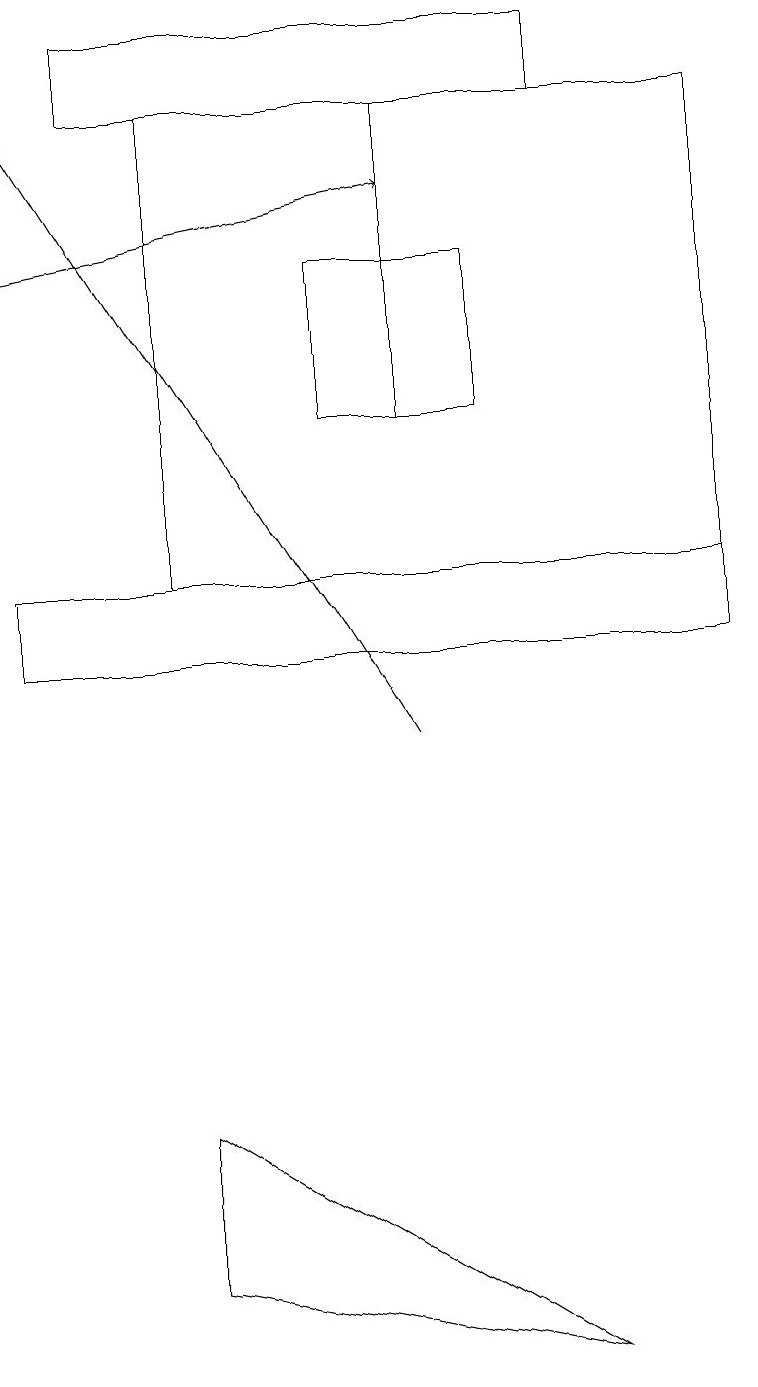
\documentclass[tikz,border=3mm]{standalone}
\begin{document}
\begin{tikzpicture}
\draw[->] (0,16) -- (5,17);
\draw (7,19) rectangle (1,18);
\draw (0,12) rectangle (9,11);
\draw (9,12) rectangle (2,18);
\draw (6,14) rectangle (4,16);
\draw (2,3) -- (7,2) -- (2,5) -- cycle;
\draw[->] (5,10) -- (0,18);
\draw (5,14) rectangle (5,18);
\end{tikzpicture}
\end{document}